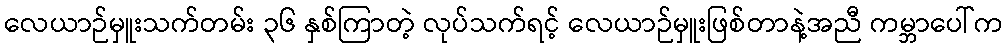
လေယာဉ်မှူးသက်တမ်း ၃၆ နှစ်ကြာတဲ့ လုပ်သက်ရင့် လေယာဉ်မှူးဖြစ်တာနဲ့အညီ ကမ္ဘာပေါ်က